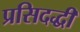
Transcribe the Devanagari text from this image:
प्रसिदद्धी